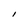
Character: I